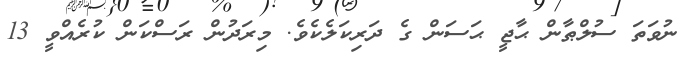
ނުވަތަ ސުލްޠާން ޙާޖީ ޙަސަން ގެ ދަރިކަލެކެވެ. މިރަދުން ރަސްކަން ކުރެއްވީ 13